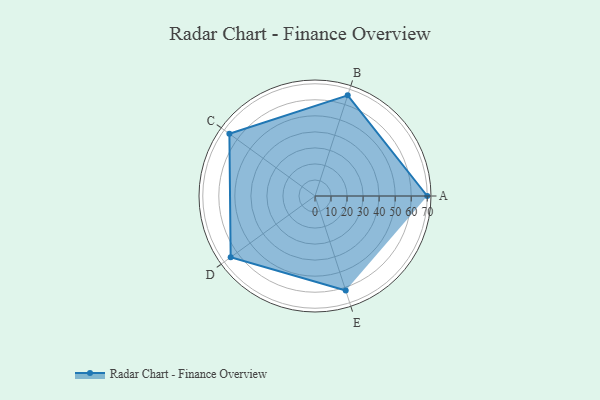
{"axis": {"x": "Skill", "y": "Score"}, "legend": ["Profile"], "data": [{"x": "A", "y": 70.0, "type": "Profile"}, {"x": "B", "y": 66.0, "type": "Profile"}, {"x": "C", "y": 66.0, "type": "Profile"}, {"x": "D", "y": 65.0, "type": "Profile"}, {"x": "E", "y": 62.0, "type": "Profile"}]}